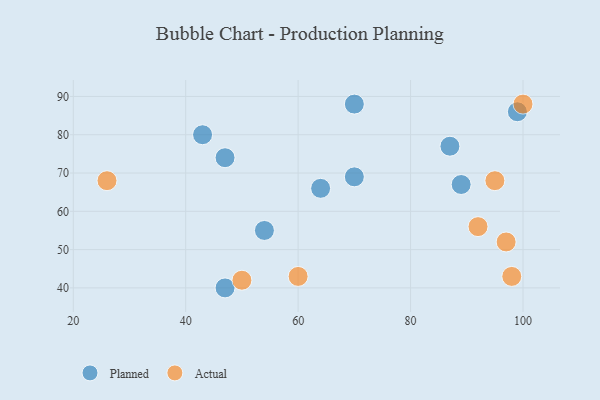
{"axis": {"x": "GDP", "y": "Life Expectancy"}, "legend": ["Actual", "Planned"], "data": [{"x": "47", "y": 74, "type": "Planned"}, {"x": "70", "y": 88, "type": "Planned"}, {"x": "43", "y": 80, "type": "Planned"}, {"x": "89", "y": 67, "type": "Planned"}, {"x": "47", "y": 40, "type": "Planned"}, {"x": "64", "y": 66, "type": "Planned"}, {"x": "99", "y": 86, "type": "Planned"}, {"x": "54", "y": 55, "type": "Planned"}, {"x": "87", "y": 77, "type": "Planned"}, {"x": "70", "y": 69, "type": "Planned"}, {"x": "100", "y": 88, "type": "Actual"}, {"x": "60", "y": 43, "type": "Actual"}, {"x": "50", "y": 42, "type": "Actual"}, {"x": "97", "y": 52, "type": "Actual"}, {"x": "95", "y": 68, "type": "Actual"}, {"x": "92", "y": 56, "type": "Actual"}, {"x": "26", "y": 68, "type": "Actual"}, {"x": "98", "y": 43, "type": "Actual"}]}